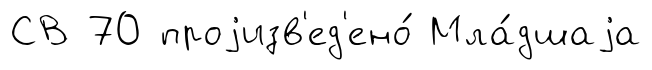
СВ 70 проjизв'ед'ено́ Мла́дшаjа